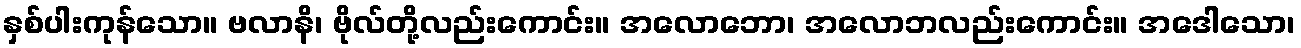
နှစ်ပါးကုန်သော။ ဗလာနိ၊ ဗိုလ်တို့လည်းကောင်း။ အလောဘော၊ အလောဘလည်းကောင်း။ အဒေါသော၊